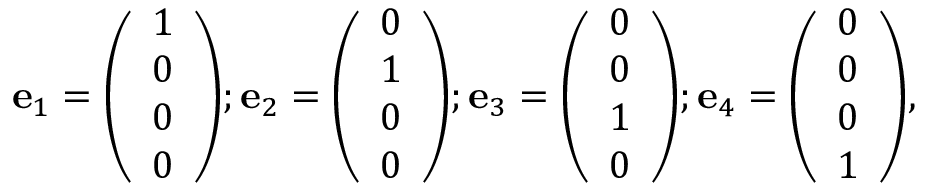
\mathbf { e } _ { 1 } = { \left( \begin{array} { l } { 1 } \\ { 0 } \\ { 0 } \\ { 0 } \end{array} \right) } ; \mathbf { e } _ { 2 } = { \left( \begin{array} { l } { 0 } \\ { 1 } \\ { 0 } \\ { 0 } \end{array} \right) } ; \mathbf { e } _ { 3 } = { \left( \begin{array} { l } { 0 } \\ { 0 } \\ { 1 } \\ { 0 } \end{array} \right) } ; \mathbf { e } _ { 4 } = { \left( \begin{array} { l } { 0 } \\ { 0 } \\ { 0 } \\ { 1 } \end{array} \right) } ,